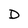
Character: D